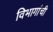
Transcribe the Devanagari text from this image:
विभागांंची